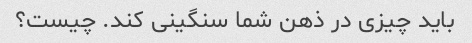
باید چیزی در ذهن شما سنگینی کند. چیست؟